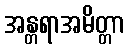
အန္တရာအမိတ္တာ